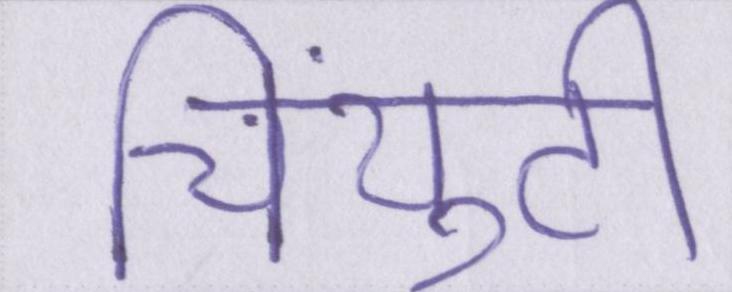
चिंयुटी